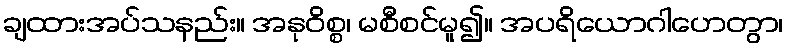
ချထားအပ်သနည်း။ အနုဝိစ္စ၊ မစီစင်မူ၍။ အပရိယောဂါဟေတွာ၊